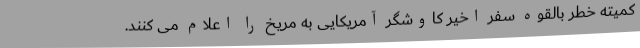
کمیته خطر بالقوه سفر اخیر کاوشگر آمریکایی به مریخ را اعلام می کنند.